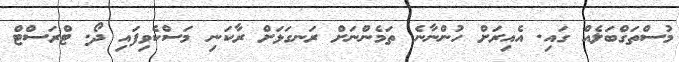
މުސްތަގްބަލެއް ގައި. އެއިރަަށް ހުންނާނެ ތަމެންނަށް ރަނގަޅަށް ރާކަނި މަސްކެވިފައި ދޯ. ޓްރަސްޓް